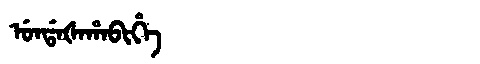
Manchu: ᡠᠨᡩᠠᡧᠠᡥᠠᠪᡳᡥᡝ
Romanization: UNDAŠAHABIHE